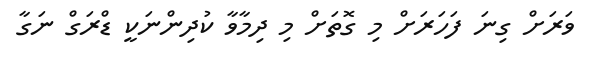
ވަރަށް ގިނަ ފަހަރަށް މި ގޮތަށް މި ދިމާވާ ކުދިންނަކީ ޑްރަގް ނަގާ